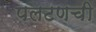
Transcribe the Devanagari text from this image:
पलटणची